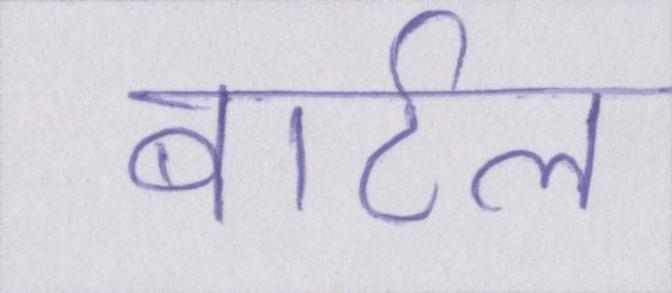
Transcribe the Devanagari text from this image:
बार्टल